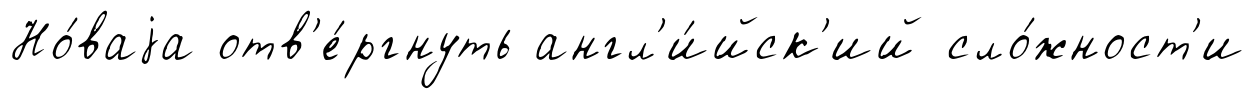
Но́ваjа отв'е́ргнуть англ'и́йск'ий сло́жност'и